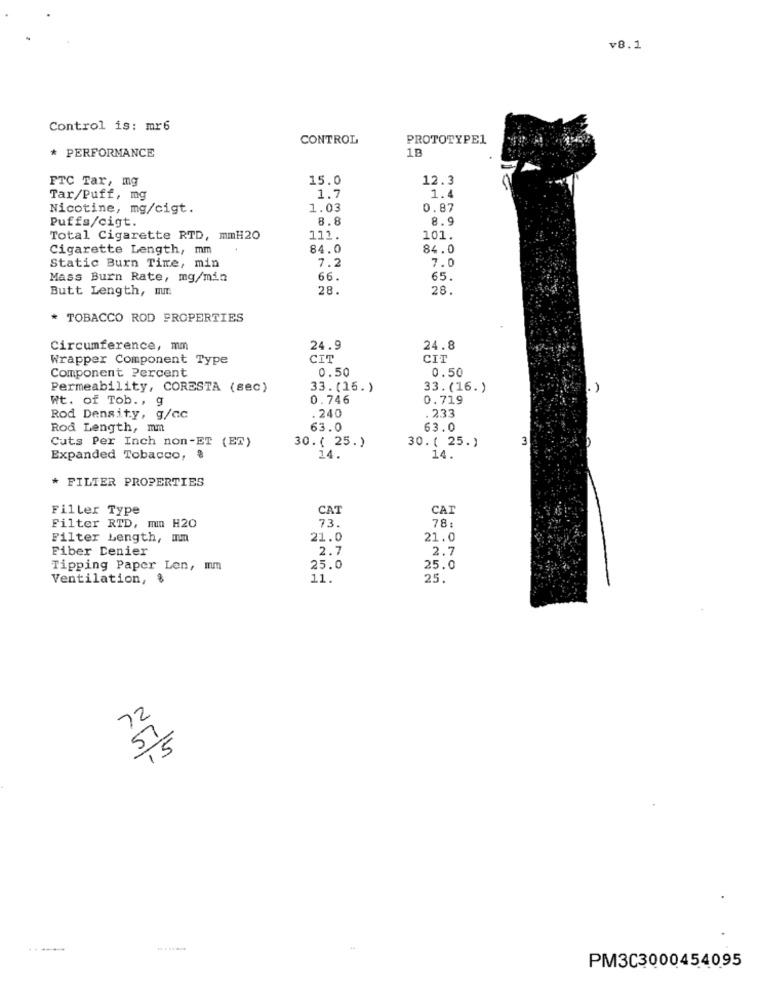
v8.1
Control is: mr6
CONTROL
PROTOTYPE1
1B
* PERFORMANCE
FTC Tar, mg
15.0
12.3
Tar/Puff, mg
1.7
1.4
Nicotine, mg/cigt.
1.03
0.87
Puffs/cigt.
8.8
8.9
Total Cigarette RTD, mmH20
111.
101.
Cigarette Length, mm
84.0
84.0
7.2
7.0
Static Burn Tire, min
Mass Burn Rate, mg/min
66.
65.
Butt Length, m.
28.
28.
* TOBACCO ROD PROPERTIES
Circumference, mm
24.9
24.8
Wrapper Component Type
CIT
CIT
Component Percent
0.50
0.50
Permeability, CORESTA (sec)
33.(15.)
33.(16. )
Wt. of Tob ., g
0.746
0.719
.240
Rod Density, g/ac
.233
Rod Length, mm
63.0
63.0
Cuts Per Inch non-ET (ET)
30.( 25.)
30. ( 25.)
3
Expanded Tobacco,
14.
14.
* FILTER PROPERTIES
Filler Type
CAT
CAT
73.
78.
Filter RTD, min H20
Filter Length, mm
21.0
21.0
Fiber Denier
2.7
2.7
Tipping Paper Len, mm
25.0
25.0
Ventilation, &
11.
25.
72
57
15
PM3C3000454095